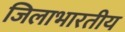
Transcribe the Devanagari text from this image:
जिलाभारतीय